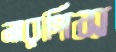
নারগিস